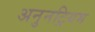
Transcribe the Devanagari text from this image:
अनुनट्रियम